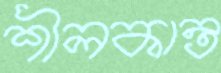
শীলকান্ত